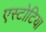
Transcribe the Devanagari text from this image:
एस्टोटिया